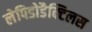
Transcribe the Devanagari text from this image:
लेपिडोडैक्टिलस